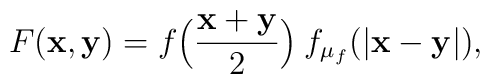
F({\bf x,y})=f\Bigl(\frac{\bf x+y}{2}\Bigr)\:f_{\mu_{f}}(|{\bf x-y}|),